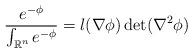
LaTeX: \begin{align*}\frac{e^{-\phi}}{\int_{\mathbb{R}^n}e^{-\phi}} = l(\nabla\phi)\det(\nabla^2\phi)\end{align*}